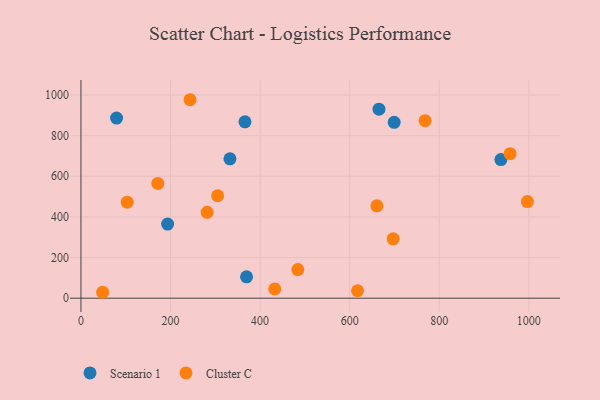
{"axis": {"x": "Speed", "y": "Yield"}, "legend": ["Cluster C", "Scenario 1"], "data": [{"x": "332.7", "y": 685.9, "type": "Scenario 1"}, {"x": "937.6", "y": 682.3, "type": "Scenario 1"}, {"x": "369.7", "y": 105.2, "type": "Scenario 1"}, {"x": "699.3", "y": 865.4, "type": "Scenario 1"}, {"x": "665.4", "y": 930.2, "type": "Scenario 1"}, {"x": "79.5", "y": 886.4, "type": "Scenario 1"}, {"x": "193.5", "y": 364.9, "type": "Scenario 1"}, {"x": "366.2", "y": 868.0, "type": "Scenario 1"}, {"x": "617.5", "y": 36.6, "type": "Cluster C"}, {"x": "958.1", "y": 711.3, "type": "Cluster C"}, {"x": "281.7", "y": 422.6, "type": "Cluster C"}, {"x": "484.2", "y": 141.0, "type": "Cluster C"}, {"x": "48.4", "y": 29.1, "type": "Cluster C"}, {"x": "768.4", "y": 873.8, "type": "Cluster C"}, {"x": "171.6", "y": 564.9, "type": "Cluster C"}, {"x": "660.7", "y": 454.5, "type": "Cluster C"}, {"x": "243.6", "y": 976.8, "type": "Cluster C"}, {"x": "432.7", "y": 45.4, "type": "Cluster C"}, {"x": "305.3", "y": 504.3, "type": "Cluster C"}, {"x": "697.0", "y": 292.3, "type": "Cluster C"}, {"x": "996.7", "y": 475.7, "type": "Cluster C"}, {"x": "103.3", "y": 472.8, "type": "Cluster C"}]}